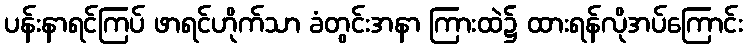
ပန်းနာရင်ကြပ် ဖာရင်ဟိုက်သာ ခံတွင်းအနာ ကြားထဲ၌ ထားရန်လိုအပ်ကြောင်း